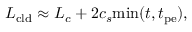
L _ { \mathrm { c l d } } \approx L _ { c } + 2 c _ { s } \mathrm { m i n } ( t , t _ { \mathrm { p e } } ) ,